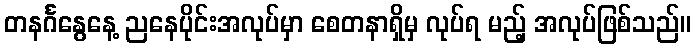
တနင်္ဂနွေနေ့ ညနေပိုင်းအလုပ်မှာ စေတနာရှိမှ လုပ်ရ မည့် အလုပ်ဖြစ်သည်။